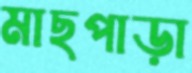
মাছপাড়া